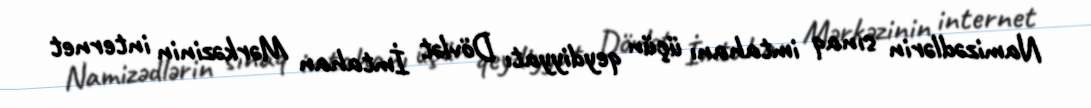
Namizədlərin sınaq imtahanı üçün qeydiyyatı Dövlət İmtahan Mərkəzinin internet